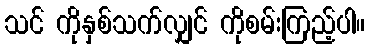
သင် ကိုနှစ်သက်လျှင် ကိုစမ်းကြည့်ပါ။